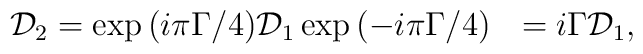
{\cal D}_2 = \exp{(i \pi \Gamma/4)} {\cal D}_1 \exp{(-i \pi \Gamma/4)}~~=i{\Gamma}{\cal D}_1,